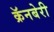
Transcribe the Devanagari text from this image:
क्रॅनबेरी